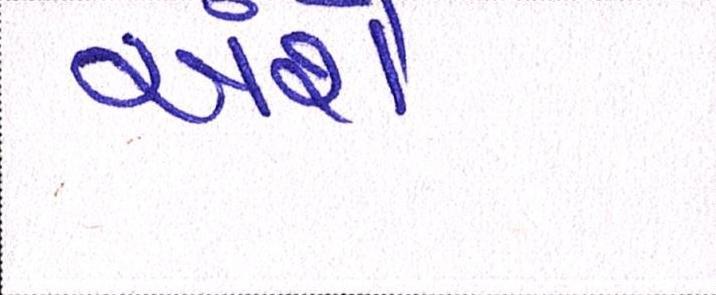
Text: અંશે